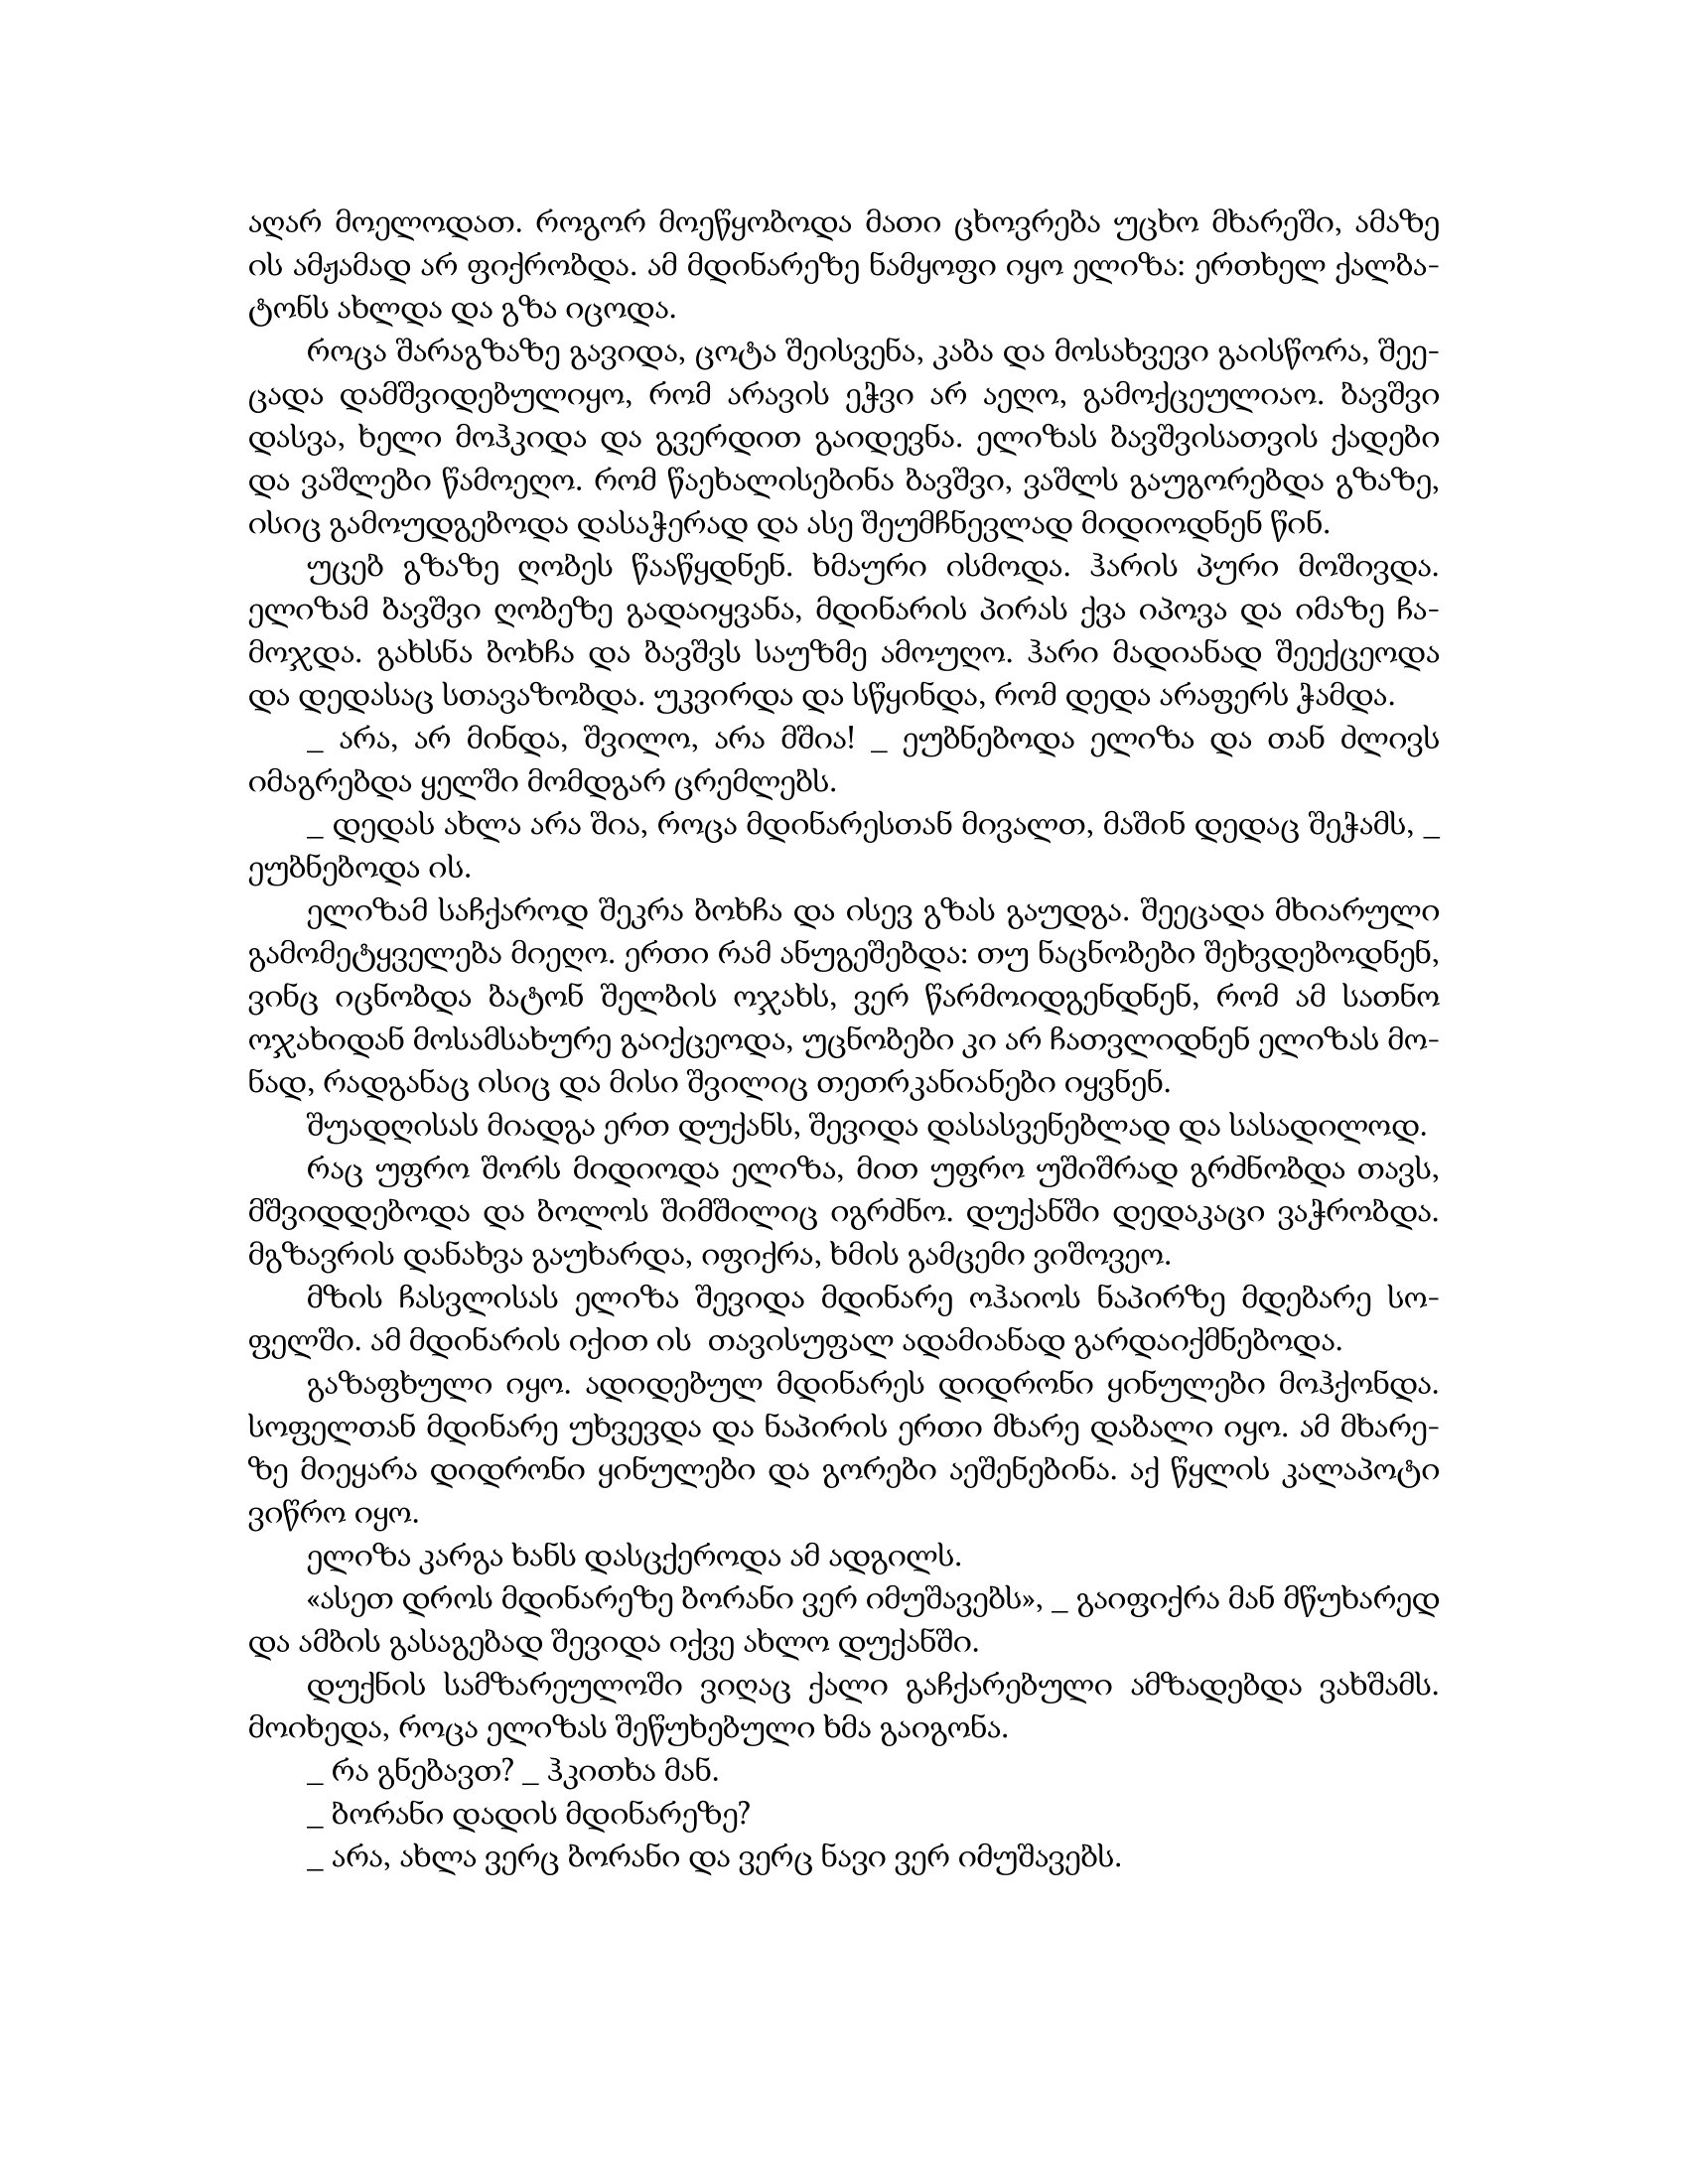
Language: gr